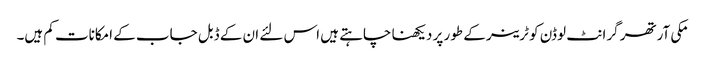
مکی آرتھر گرانٹ لوڈن کو ٹرینر کے طور پر دیکھنا چاہتے ہیں اس لئے ان کے ڈبل جاب کے امکانات کم ہیں۔